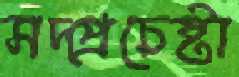
সদ্প্রচেষ্টা